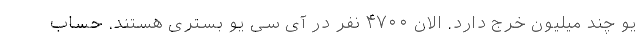
یو چند میلیون خرج دارد. الان ۴۷۰۰ نفر در آی سی یو بستری هستند. حساب